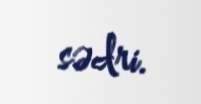
sədri.